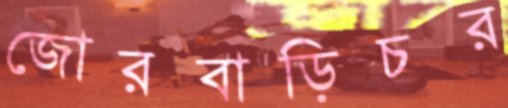
জোরবাড়িচর